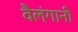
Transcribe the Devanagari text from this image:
वैलंगानी